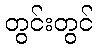
တွင်းတွင်